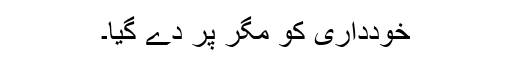
خودداری کو مگر پر دے گیا۔